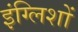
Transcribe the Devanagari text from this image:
इंग्लिशों